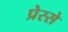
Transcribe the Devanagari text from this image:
प्रेस्से